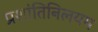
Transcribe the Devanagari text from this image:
प्रशांतिनिलयम